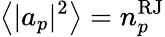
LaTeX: \left<|a_{p}|^{2}\right>=n_{p}^{\mathrm{RJ}}